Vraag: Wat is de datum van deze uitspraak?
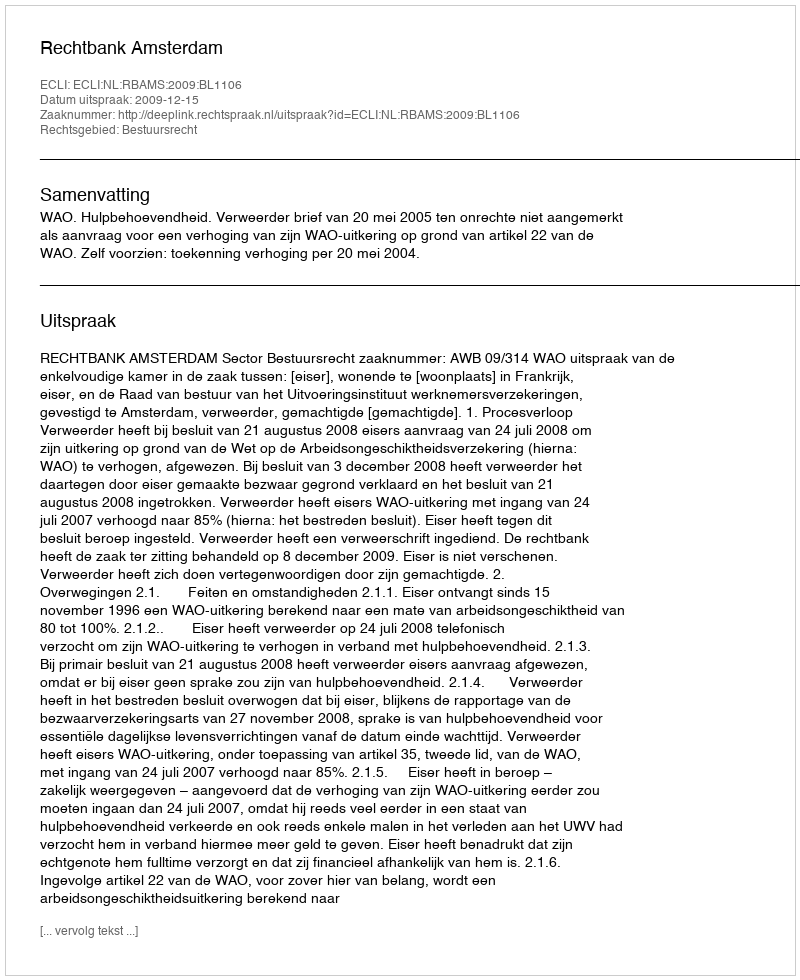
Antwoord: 2009-12-15